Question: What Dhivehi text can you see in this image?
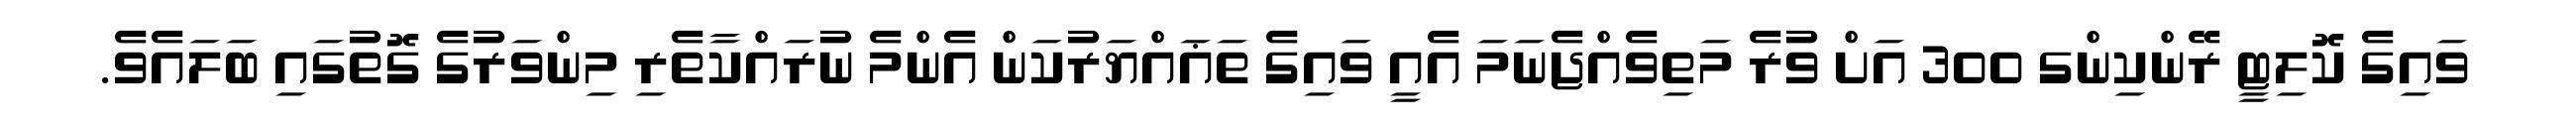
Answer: ވައިގެ ކޮލިޓީ ރޭންކިންގ 300 އަށް ވުރެ މަތިވެއްޖެނަމަ އެއީ ވައިގެ ތަޣައްޔަރުކަން އެންމެ ނުރައްކާތެރި މިންވަރުގެ ގޮތުގައި ބަލައެވެ.